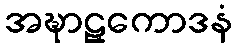
အဍ္ဎာဠှကောဒနံ